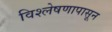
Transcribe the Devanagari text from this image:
विश्लेषणापासून